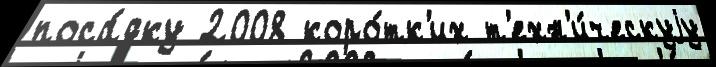
поса́дку 2008 коро́тк'их т'ехн'и́ческуjу